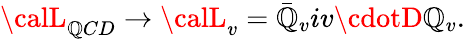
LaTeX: {\calL}_{\mathbb{Q}CD}\rightarrow{\calL}_{v}=\bar{{\mathbb{Q}}}_{v}iv\cdotD\mathbb{Q}_{v}.